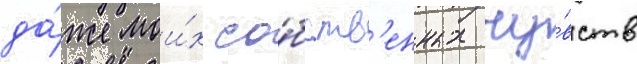
да́же мои́х со́бств'енных чу́вств